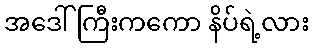
အဒေါ်ကြီးကကော နိပ်ရဲ့လား